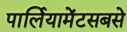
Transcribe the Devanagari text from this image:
पार्लियामेंटसबसे